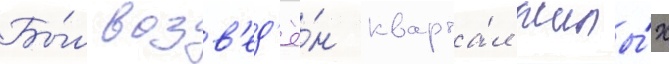
Бы́л возв'ед'ё́н кварта́л жилы́х